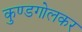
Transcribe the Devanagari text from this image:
कुण्डगोलकर